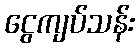
ငွေကျပ်သန်း